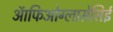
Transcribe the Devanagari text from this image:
ऑफिओग्लासेसिई